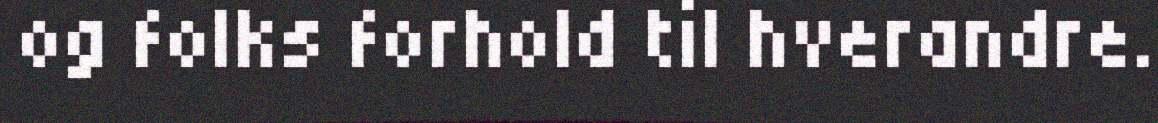
og folks forhold til hverandre.